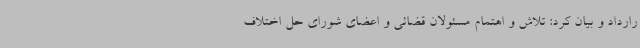
رارداد و بیان کرد: تلاش و اهتمام مسئولان قضائی و اعضای شورای حل اختلاف